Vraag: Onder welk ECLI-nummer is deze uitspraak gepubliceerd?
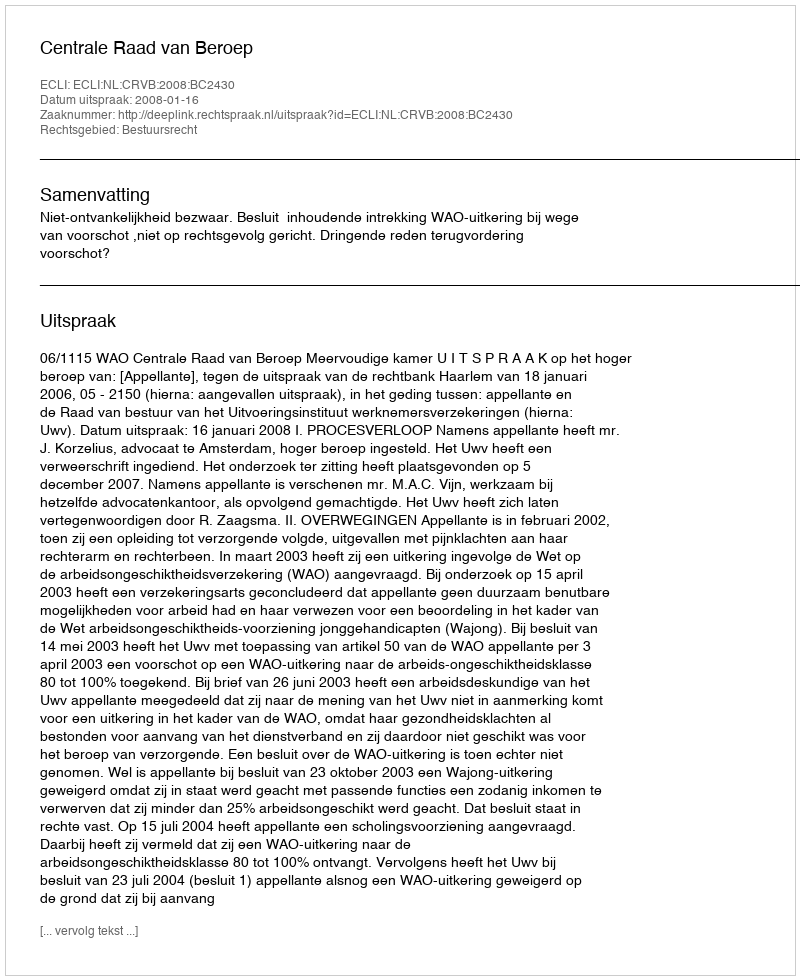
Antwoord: ECLI:NL:CRVB:2008:BC2430